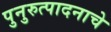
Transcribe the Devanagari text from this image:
पुनुरुत्पादनाचे